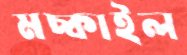
মচ্‌কাইল